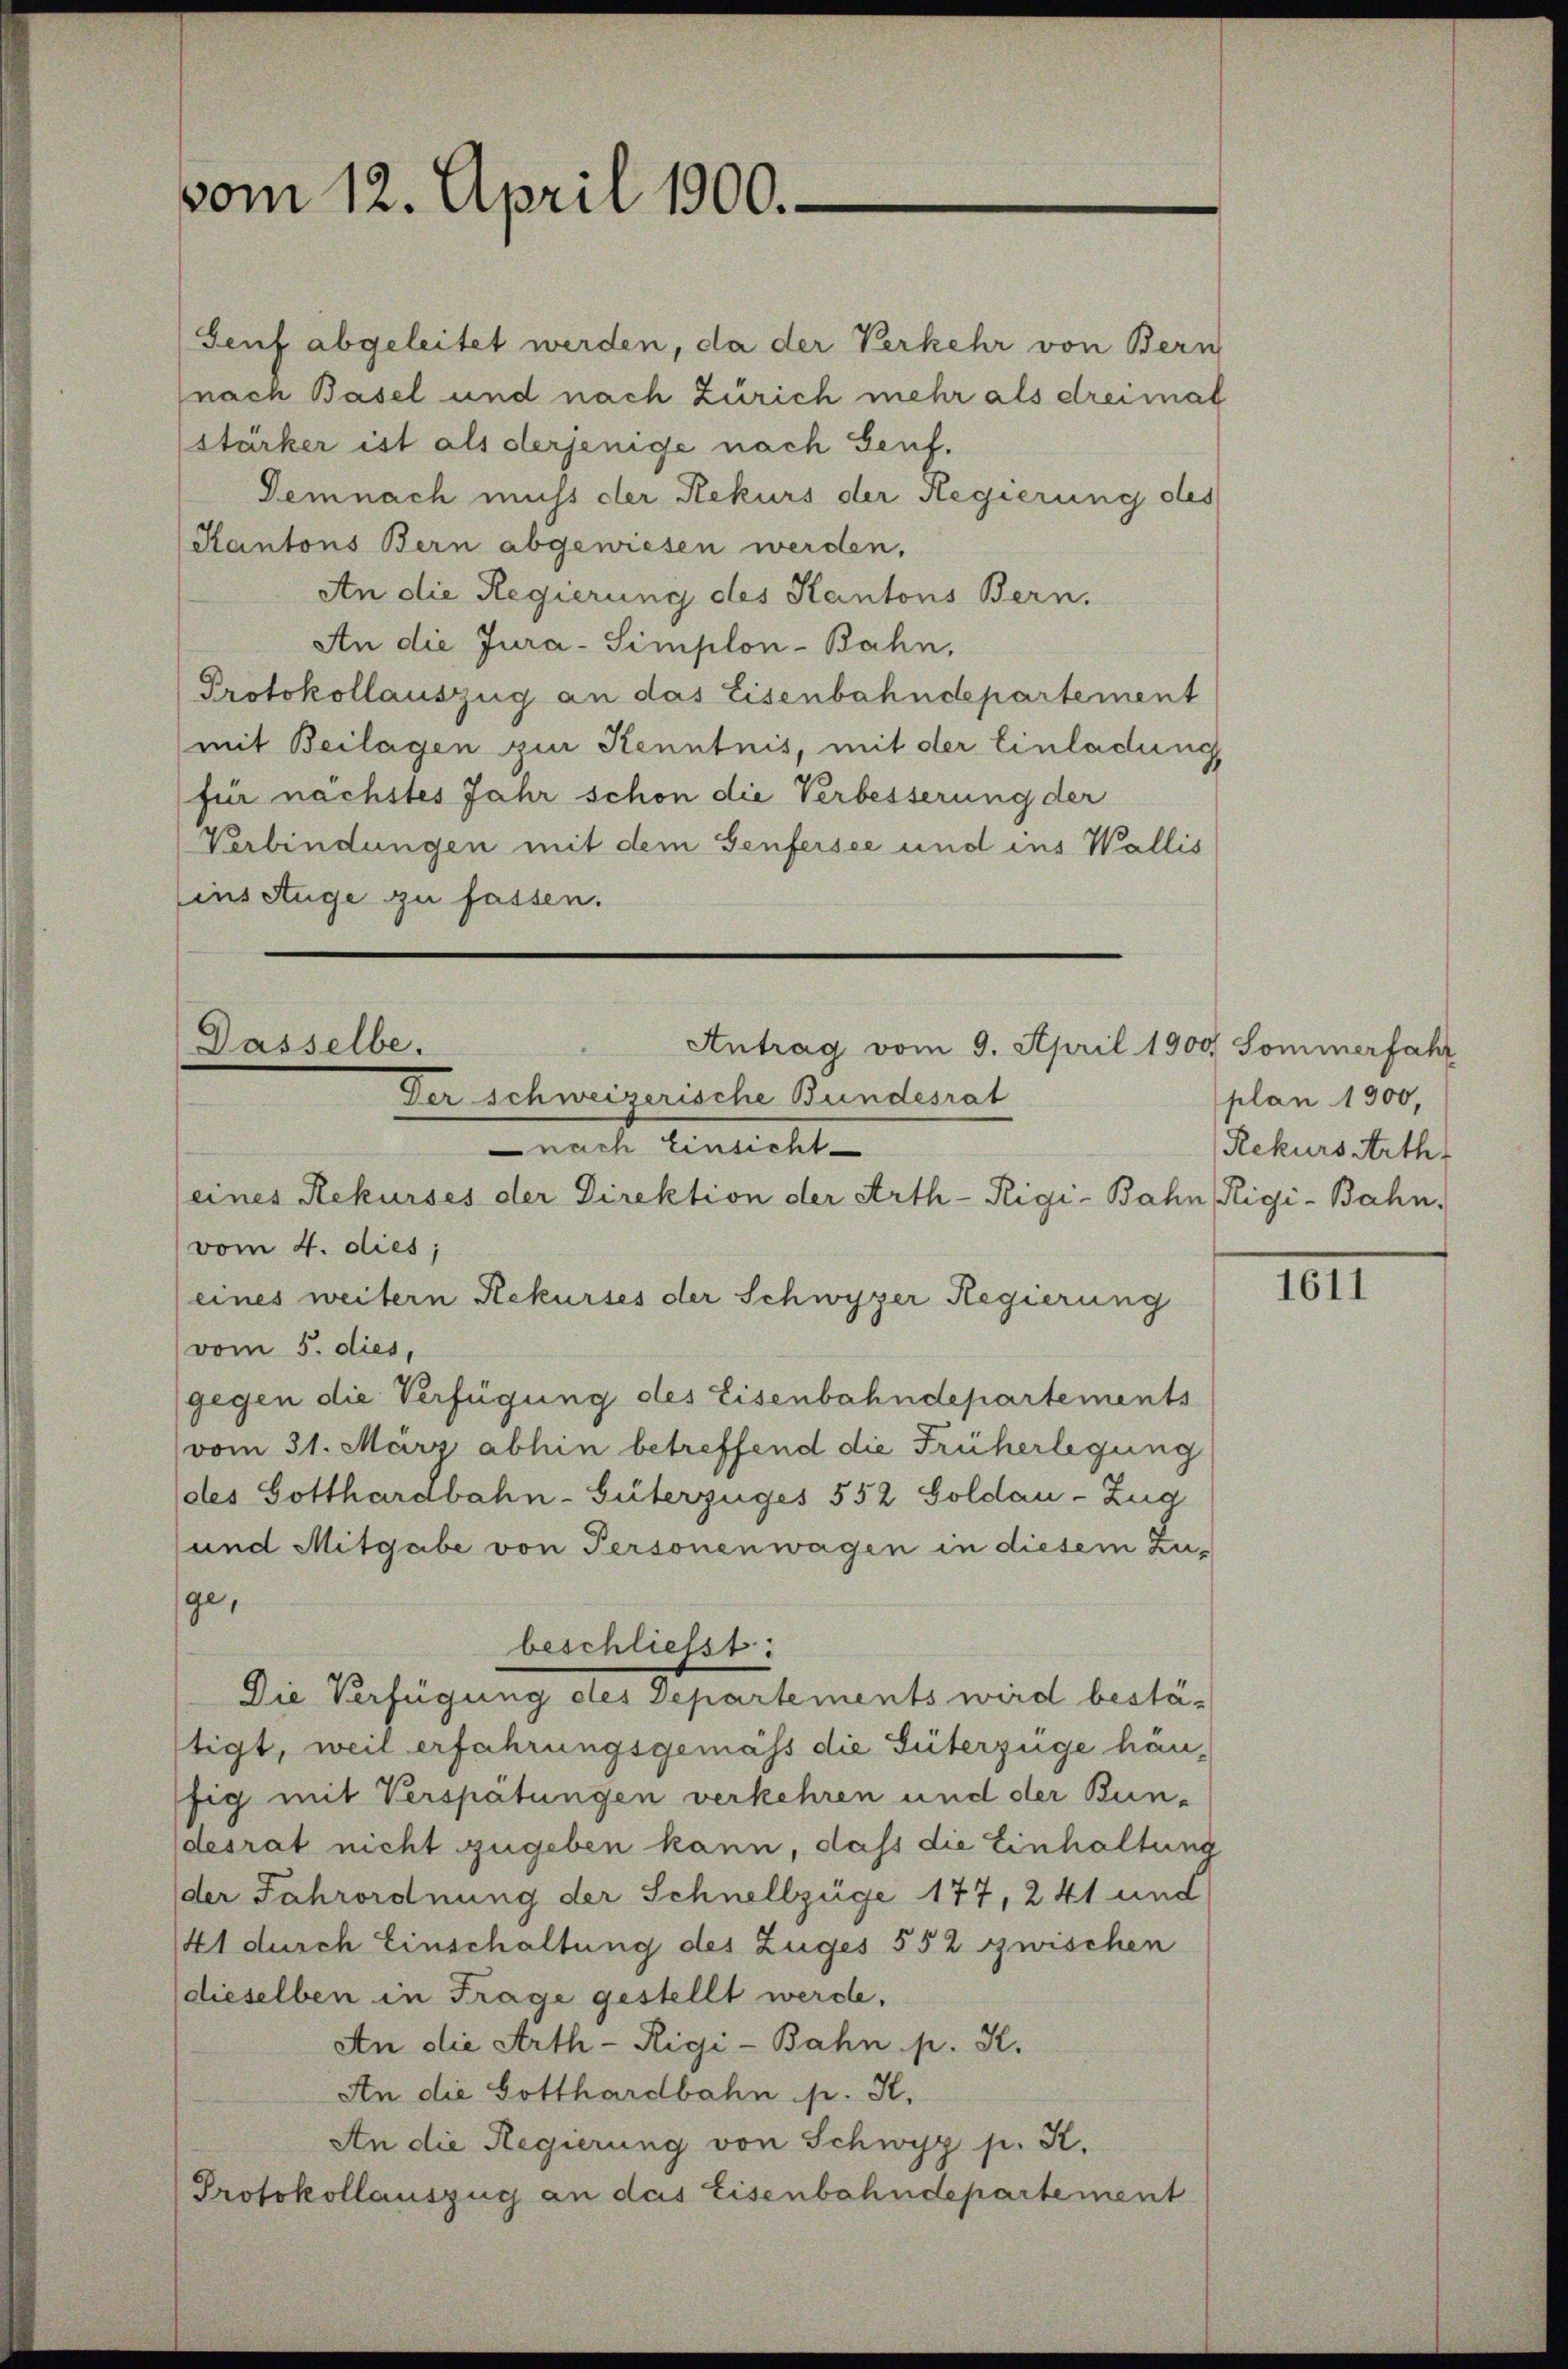
vom 12. April 1900.

Genf abgeleitet werden, da der Verkehr von Bern
(nach Basel und nach Zürich mehr als dreimal
stärker ist als derjenige nach Genf.
Demnach mich der Rekurs der Regierung des
Kantons Bern abgewiesen werden,
An die Regierung des Kantons Bern.
An die Jura-Simplon-Bahn,
Protokollauszug an das Eisenbahndepartement
mit Beilagen zur Kenntnis, mit der Einladung
für nächstes Jahr schon die Verbesserung der
Verbindungen mit dem Genfersee und ins Wallis
ins Auge zu fassen.

Dasselbe.
Antrag vom 9. April 1900 Sommerfahr
Der schweizerische Bundesrat
nach Einsicht
eines Rekurses der Direktion der Arth-Tigi-Bahn Rigi-Bahn,

vom 4. dies;
(eines weitern Rekurses der Schwyzer Regierung
vom 5. dies,
gegen die Verfügung des Eisenbahndepartements
vom 31. März abhin betreffend die Früherlegung
des Gotthardbahn-Güterzuges 552 Goldau - Zug
und Mitgabe von Personenwagen in diesem Zuge,
beschliesst:
Die Verfügung des Departements wird bestätigt, weil erfahrungsgemäss die Güterzüge häu-
ffig mit Verspätungen verkehren und der Bundesrat nicht zugeben kann, daß die Einhaltung
der Fahrordnung der Schnellzüge 177, 241 und
41 durch Einschaltung des Zuges 552 zwischen
dieselben in Frage gestellt werde.
An die Arth-Rigi-Bahn p. K.
An die Gotthardbahn p. K.
An die Regierung von Schwyz p. K.
Protokollauszug an das Eisenbahndepartement

plan 1900,
Rekurs Arth

IIII